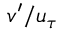
v ^ { \prime } / u _ { \tau }